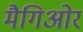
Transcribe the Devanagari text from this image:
मैगिओर